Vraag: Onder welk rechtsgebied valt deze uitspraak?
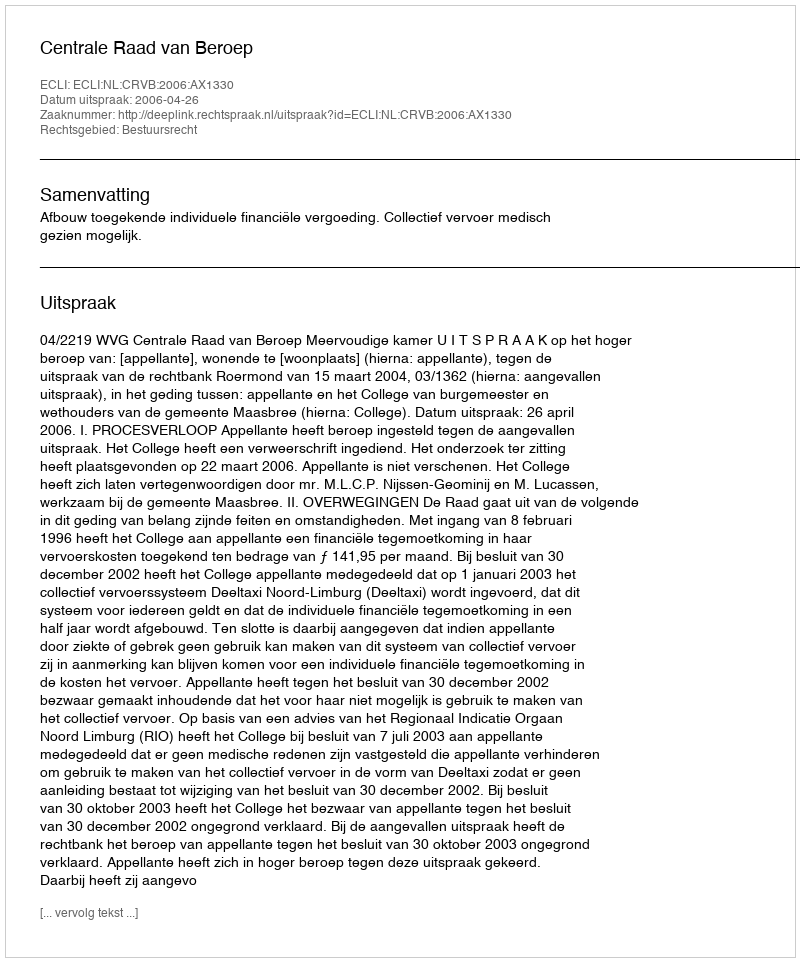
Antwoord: Bestuursrecht